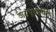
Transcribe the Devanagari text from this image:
जयपूरपर्यंत